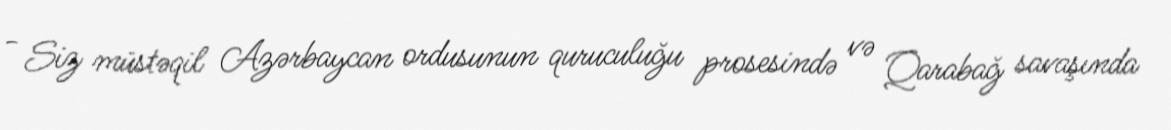
- Siz müstəqil Azərbaycan ordusunun quruculuğu prosesində və Qarabağ savaşında